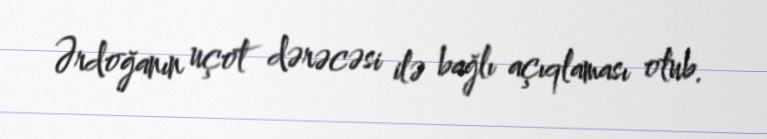
Ərdoğanın uçot dərəcəsi ilə bağlı açıqlaması olub.